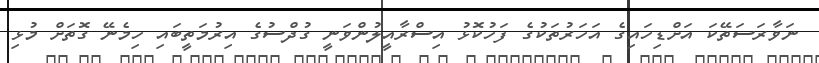
ނަވާރަސަތޭކަ އަށްޑިހައިގެ އަހަރުތަކުގެ ފަހުކޮޅު އިސްރާއީލުންވަނީ ގުދްސުގެ އިރުމަތީބައި ހިމެނޭ ގޮތަށް މުޅި